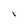
Character: I